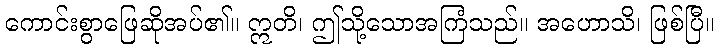
ကောင်းစွာဖြေဆိုအပ်၏။ ဣတိ၊ ဤသို့သောအကြံသည်။ အဟောသိ၊ ဖြစ်ပြီ။